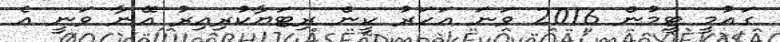
ގައުމީ ޓީމުން 2016 ވަނަ އަހަރު ކީން ރިޓަޔާކުރިއިރު އޭނާ ވަނީ އެ